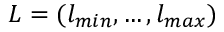
L = ( l _ { m i n } , \dots , l _ { m a x } )